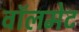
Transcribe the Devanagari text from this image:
वॉलमेट